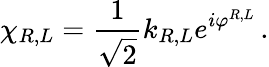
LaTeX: \chi_{R,L}=\frac{1}{\sqrt{2}}k_{R,L}e^{i\varphi^{R,L}}\, .